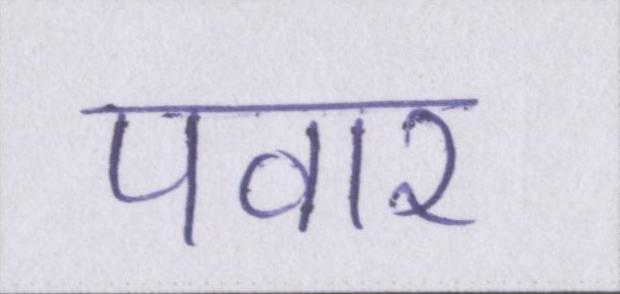
पवार